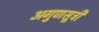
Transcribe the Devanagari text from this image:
अगुणसूत्री